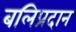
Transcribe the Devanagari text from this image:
बलिप्रदान